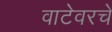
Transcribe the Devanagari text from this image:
वाटेवरचे